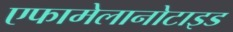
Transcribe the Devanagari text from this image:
एफामेलानोटाइड